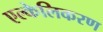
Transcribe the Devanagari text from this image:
एल्केलिकरण